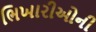
ભિખારીઓની